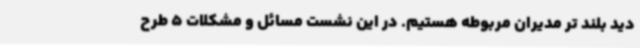
دید بلند تر مدیران مربوطه هستیم. در این نشست مسائل و مشکلات 5 طرح